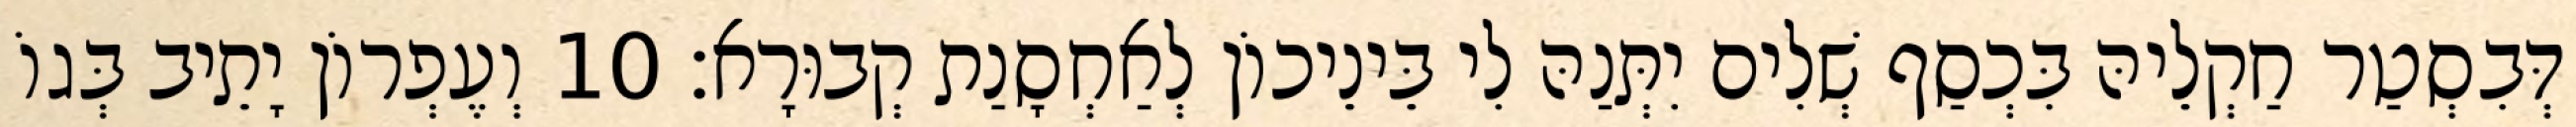
דְּבִסְטַר חַקְלֵיהּ בִּכְסַף שְׁלִים יִתְּנַהּ לִי בֵּינֵיכוֹן לְאַחְסָנַת קְבוּרָא׃ 10 וְעֶפְרוֹן יָתֵיב בְּגוֹ